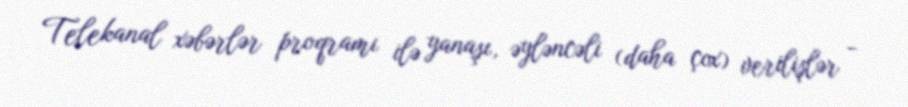
Telekanal xəbərlər proqramı ilə yanaşı, əyləncəli (daha çox) verilişlər -